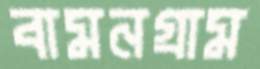
বামনগ্রাম